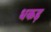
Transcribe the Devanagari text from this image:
धकड़